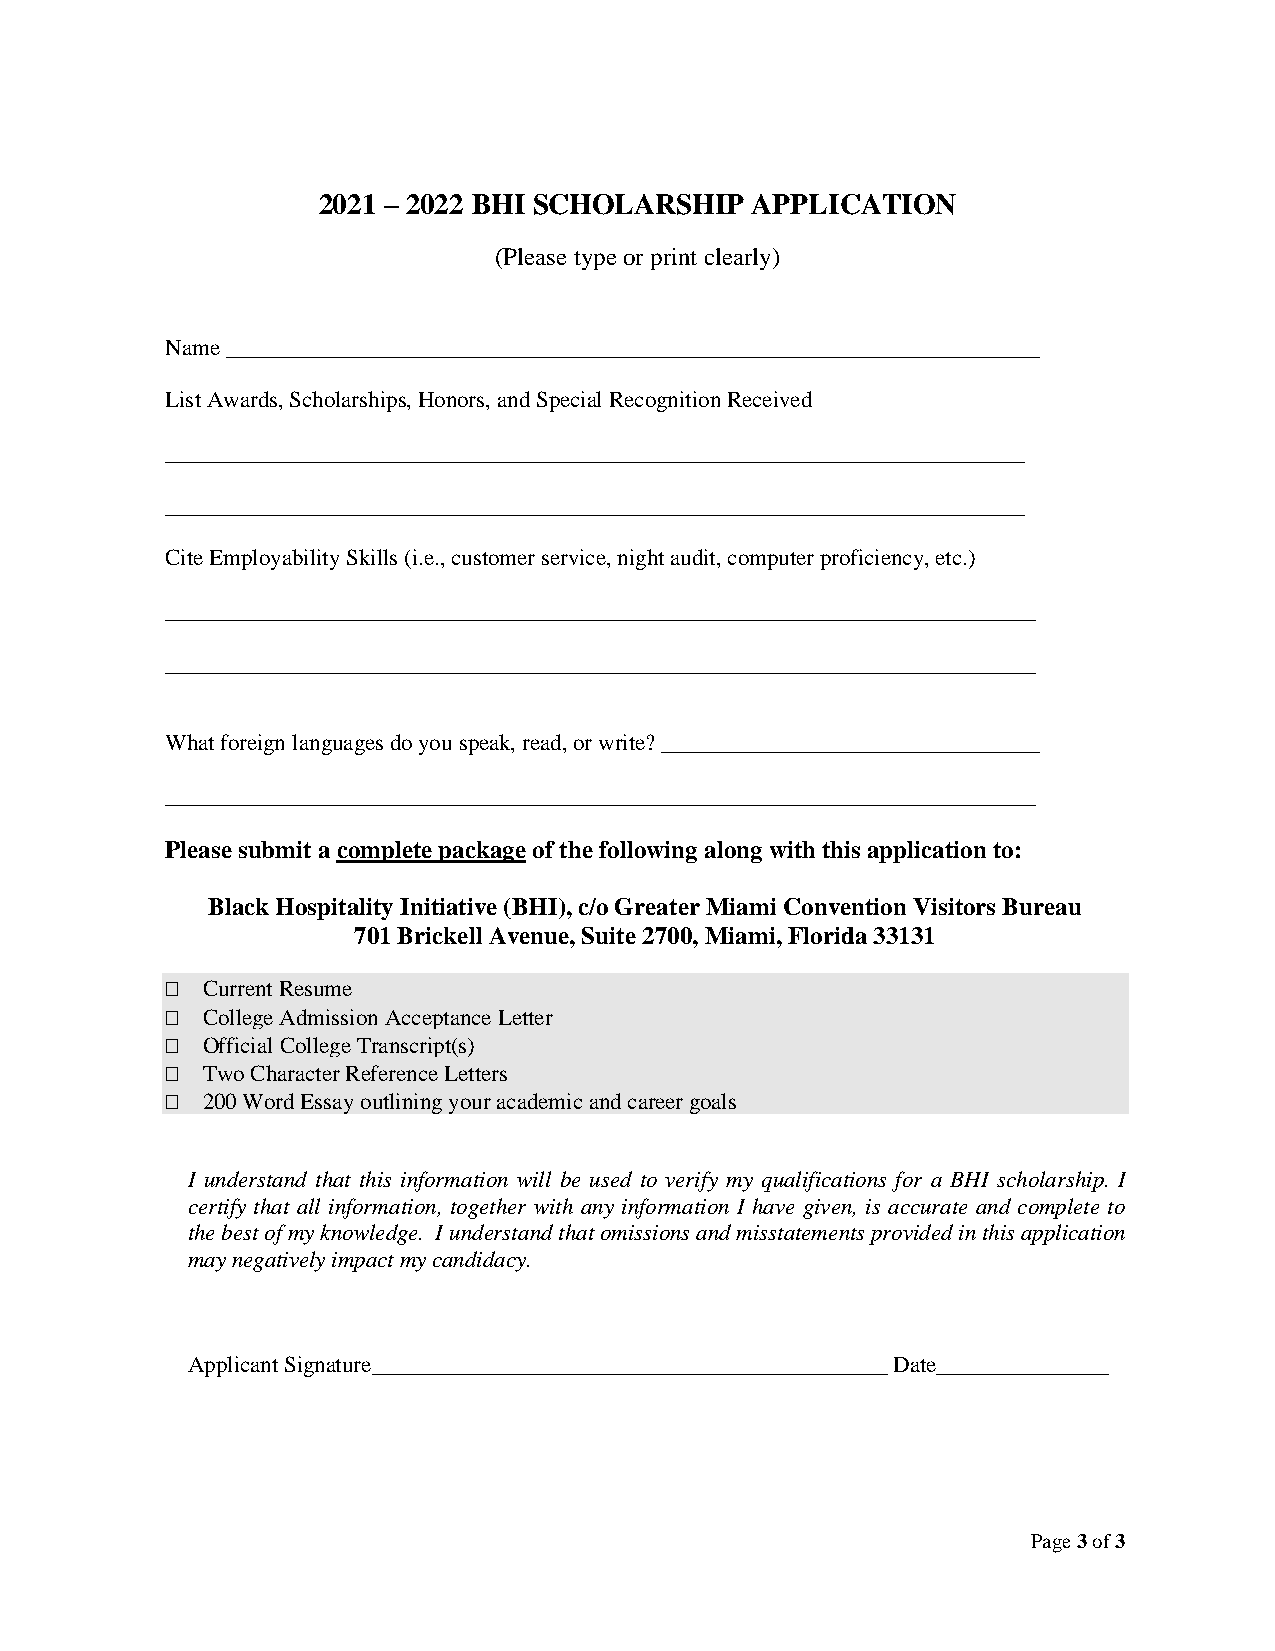
2021 – 2022 BHI SCHOLARSHIP  APPLICATION
 (Please type or print clearly)
 Name _______________________________________________________________________
 List Awards, Scholarships, Honors, and Special Recognition Received
 ___________________________________________________________________________
 ___________________________________________________________________________
 Cite Employability Skills (i.e., customer service, night audit, computer proficiency, etc.)
 ____________________________________________________________________________
 ____________________________________________________________________________
 What foreign languages do you speak, read, or write? _________________________________
 ____________________________________________________________________________
 Please submit a complete package of the following along with this application to:
 Black Hospitality Initiative (BHI), c/o Greater Miami Convention Visitors Bureau
 701 Brickell Avenue, Suite 2700, Miami, Florida 33131
  Current Resume
  College Admission Acceptance Letter
  Official College Transcript(s)
  Two Character Reference Letters
  200 Word Essay outlining your academic and career goals
 I understand that this information will be used to verify my qualifications for a BHI scholarship. I
 certify that all information, together with any information I have given, is accurate and complete to
 the best of my knowledge. I understand that omissions and misstatements provided in this application
 may negatively impact my candidacy.
 Applicant Signature_____________________________________________ Date_______________
 Page 3 of 3